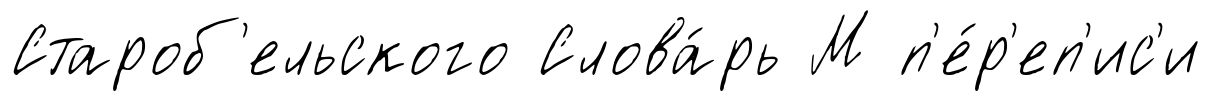
Староб'ельского Слова́рь М п'е́р'еп'ис'и